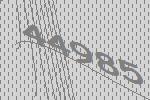
44985